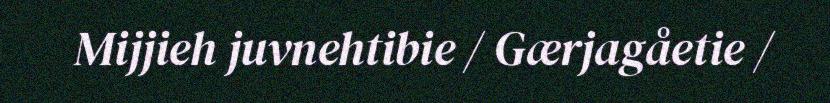
Mijjieh juvnehtibie / Gærjagåetie /